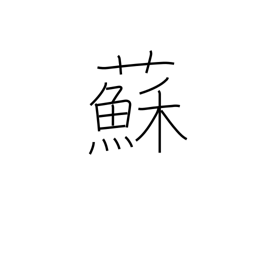
Meaning: perilla